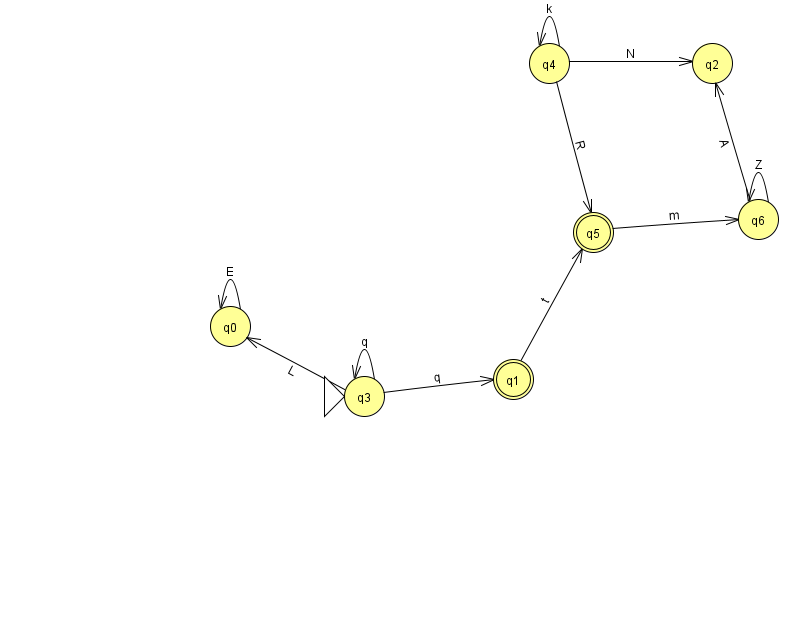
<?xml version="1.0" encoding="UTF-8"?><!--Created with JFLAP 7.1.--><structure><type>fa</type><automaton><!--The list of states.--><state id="0" name="q0"><x>230.0</x><y>313.0</y></state><state id="1" name="q1"><x>513.0</x><y>366.0</y><final/></state><state id="2" name="q2"><x>712.0</x><y>50.0</y></state><state id="3" name="q3"><x>364.0</x><y>383.0</y><initial/></state><state id="4" name="q4"><x>549.0</x><y>50.0</y></state><state id="5" name="q5"><x>593.0</x><y>219.0</y><final/></state><state id="6" name="q6"><x>758.0</x><y>206.0</y></state><!--The list of transitions.--><transition><from>3</from><to>0</to><read>L</read></transition><transition><from>6</from><to>2</to><read>A</read></transition><transition><from>3</from><to>3</to><read>q</read></transition><transition><from>4</from><to>2</to><read>N</read></transition><transition><from>3</from><to>1</to><read>q</read></transition><transition><from>0</from><to>0</to><read>E</read></transition><transition><from>4</from><to>5</to><read>R</read></transition><transition><from>6</from><to>6</to><read>Z</read></transition><transition><from>4</from><to>4</to><read>k</read></transition><transition><from>5</from><to>6</to><read>m</read></transition><transition><from>1</from><to>5</to><read>t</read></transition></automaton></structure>